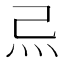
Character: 𤆔